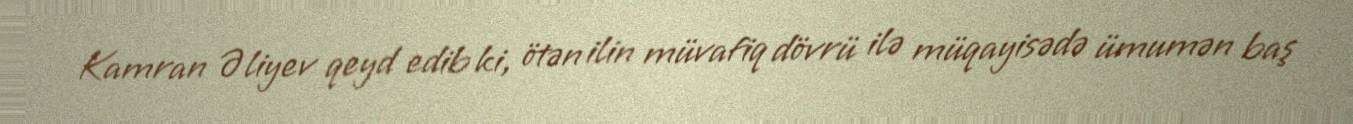
Kamran Əliyev qeyd edib ki, ötən ilin müvafiq dövrü ilə müqayisədə ümumən baş